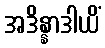
အဒိန္နာဒါယိံ